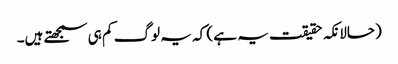
(حالانکہ حقیقت یہ ہے ) کہ یہ لوگ کم ہی سمجھتے ہیں۔